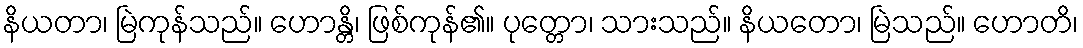
နိယတာ၊ မြဲကုန်သည်။ ဟောန္တိ၊ ဖြစ်ကုန်၏။ ပုတ္တော၊ သားသည်။ နိယတော၊ မြဲသည်။ ဟောတိ၊